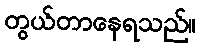
တွယ်တာနေရသည်။